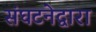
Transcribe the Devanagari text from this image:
संघटनेद्वारा